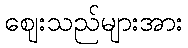
ဈေးသည်များအား